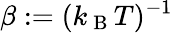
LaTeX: \beta:=(k_{\mathrm{~B~}}T)^{-1}